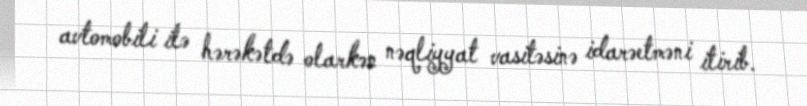
avtomobili ilə hərəkətdə olarkən nəqliyyat vasitəsinə idarəetməni itirib.